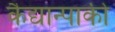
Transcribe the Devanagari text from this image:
कैद्यान्पाकी